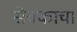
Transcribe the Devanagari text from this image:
सेवकाचा